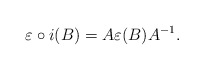
\begin{align*}\varepsilon \circ i (B) = A \varepsilon (B) A^{-1}.\end{align*}